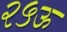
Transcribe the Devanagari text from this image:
२५ऊ